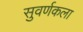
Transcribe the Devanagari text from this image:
सुवर्णकला